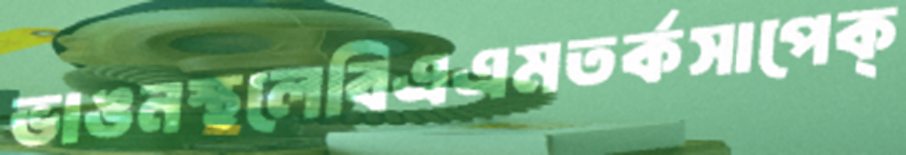
ভাঙনস্থলেবিএএমতর্কসাপেক্